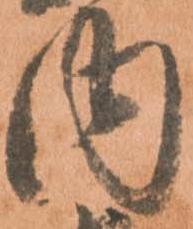
内